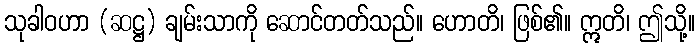
သုခါဝဟာ (ဆဋ္ဌ) ချမ်းသာကို ဆောင်တတ်သည်။ ဟောတိ၊ ဖြစ်၏။ ဣတိ၊ ဤသို့။